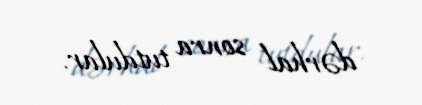
dərhal sonra tutdular.